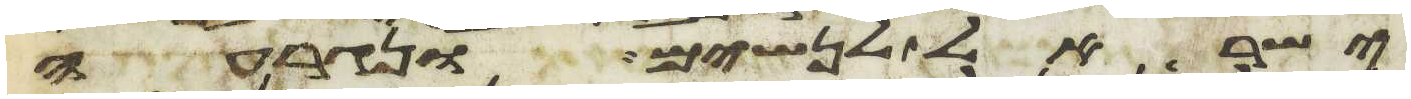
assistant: ישראל לנשים ונגרעה